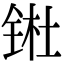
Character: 𬭊